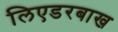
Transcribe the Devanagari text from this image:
लिएडरबाख